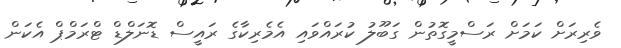
ވެރިރަށް ކަމަށް ރަސްމީގޮތުން ގަބޫލު ކުރައްވައި އެމެރިކާގެ ރައީސް ޑޮނަލްޑް ޓްރަމްޕް އެކަން